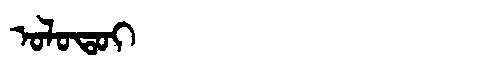
Manchu: ᠣᠯᠣᡨᠣᡳ
Romanization: OLOTOI